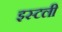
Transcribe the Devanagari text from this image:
इस्टली